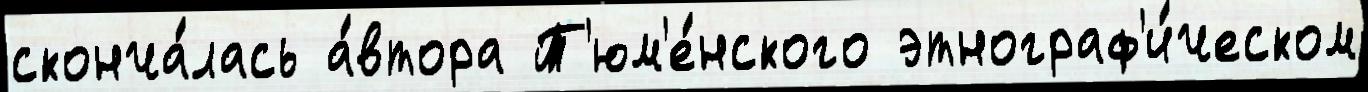
сконча́лась а́втора Т'юм'е́нского этнограф'и́ческом